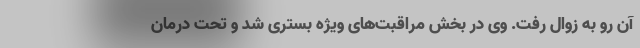
آن رو به زوال رفت. وی در بخش مراقبت‌های ویژه بستری شد و تحت درمان